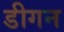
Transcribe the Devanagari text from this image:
डीगन